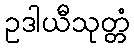
ဥဒါယီသုတ္တံ